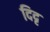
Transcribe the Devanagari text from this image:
दिदृ